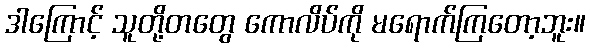
ဒါကြောင့် သူတို့တတွေ ကောလိပ်ကို မရောက်ကြတော့ဘူး။